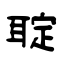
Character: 聢